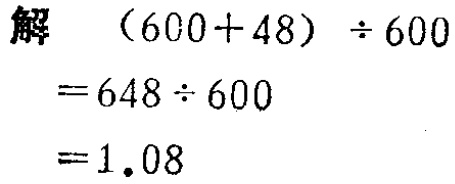
解

\[

\begin{align*}

(600 + 48) \div 600&=648 \div 600\\

&=1.08

\end{align*}

\]